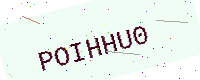
Text: POIHHU0